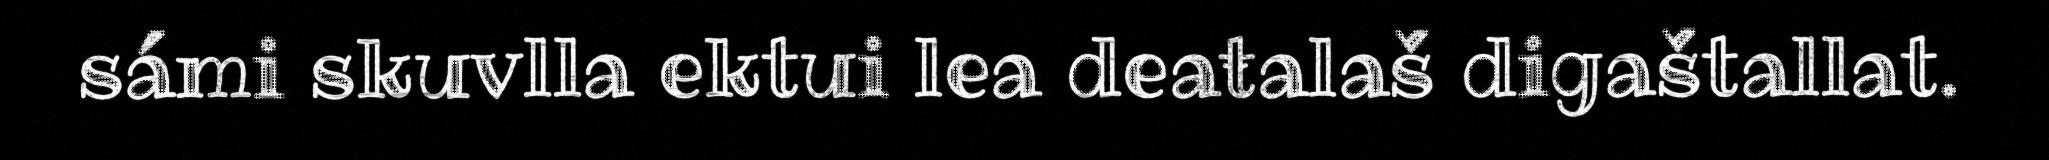
sámi skuvlla ektui lea deaŧalaš digaštallat.